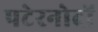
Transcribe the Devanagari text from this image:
पटेरनोदों